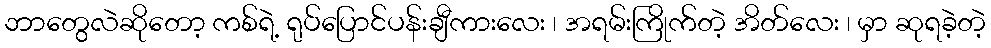
ဘာတွေလဲဆိုတော့ ကစ်ရဲ့ ရုပ်ပြောင်ပန်းချီကားလေး ၊ အရမ်းကြိုက်တဲ့ အိတ်လေး ၊ မှာ ဆုရခဲ့တဲ့